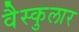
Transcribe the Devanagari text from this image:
वैस्कुलार